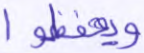
ويحفظوا